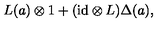
L ( a ) \otimes 1 + ( \mathrm { i d } \otimes L ) \Delta ( a ) ,